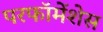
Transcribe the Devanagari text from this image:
परफॉमेंशेस